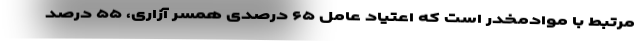
مرتبط با موادمخدر است که اعتیاد عامل ۶۵ درصدی همسر آزاری، ۵۵ درصد